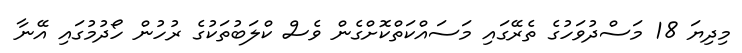
މިދިޔަ 18 މަސްދުވަހުގެ ތެރޭގައި މަސައްކަތްކޮށްގެން ވެސް ކްލަބުތަކުގެ ރުހުން ހޯދުމުގައި އޭނާ